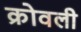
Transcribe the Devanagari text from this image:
क्रोवली